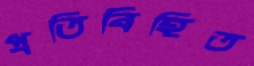
প্রতিবিহিত